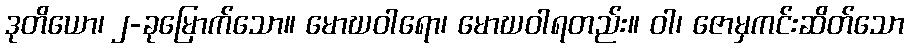
ဒုတိယော၊ ၂-ခုမြောက်သော။ မောဃဝါရော၊ မောဃဝါရတည်း။ ဝါ၊ ဇောမှကင်းဆိတ်သော